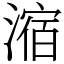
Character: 㴼